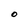
Character: O